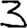
Digit: 3